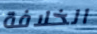
الخلافة